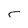
Character: r